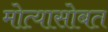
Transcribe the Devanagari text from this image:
मोत्यासोबत